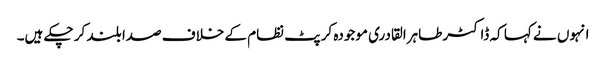
انہوں نے کہا کہ ڈاکٹر طاہرالقادری موجودہ کرپٹ نظام کے خلاف صدا بلند کر چکے ہیں۔